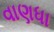
વાણધા